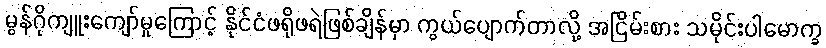
မွန်ဂိုကျူးကျော်မှုကြောင့် နိုင်ငံဖရိုဖရဲဖြစ်ချိန်မှာ ကွယ်ပျောက်တာလို့ အငြိမ်းစား သမိုင်းပါမောက္ခ